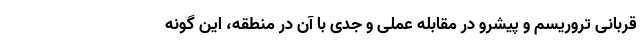
قربانی تروریسم و پیشرو در مقابله عملی و جدی با آن در منطقه، این گونه